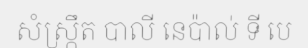
សំស្ក្រឹត បាលី នេប៉ាល់ ទី បេ